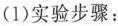
(1)实验步骤：